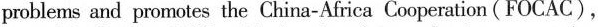
problems and promotes the China-Africa Cooperatior(FOCAC)，